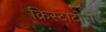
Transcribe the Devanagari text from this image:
क्रिस्टाटोस